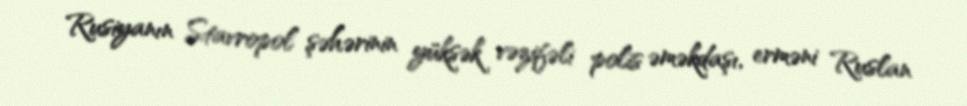
Rusiyanın Stavropol şəhərinin yüksək vəzifəli polis əməkdaşı, erməni Ruslan